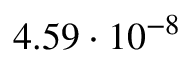
4 . 5 9 \cdot 1 0 ^ { - 8 }